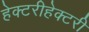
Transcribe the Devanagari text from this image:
हेक्टरीहेक्टरी